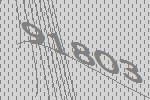
91803